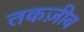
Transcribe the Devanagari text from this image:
तकज़ीब